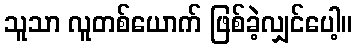
သူသာ လူတစ်ယောက် ဖြစ်ခဲ့လျှင်ပေါ့။